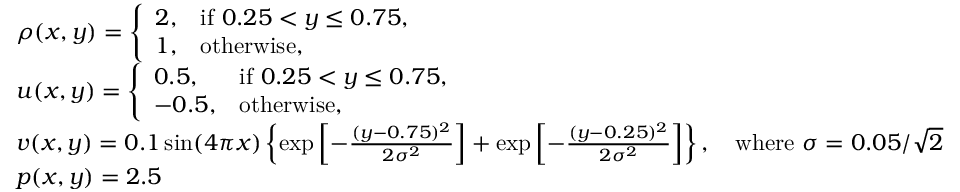
\begin{array} { r l } & { \rho ( x , y ) = \left\{ \begin{array} { l l } { 2 , } & { \mathrm { i f ~ } 0 . 2 5 < y \leq 0 . 7 5 , } \\ { 1 , } & { \mathrm { o t h e r w i s e } , } \end{array} \right. } \\ & { u ( x , y ) = \left\{ \begin{array} { l l } { 0 . 5 , } & { \mathrm { i f ~ } 0 . 2 5 < y \leq 0 . 7 5 , } \\ { - 0 . 5 , } & { \mathrm { o t h e r w i s e } , } \end{array} \right. } \\ & { v ( x , y ) = 0 . 1 \sin ( 4 \pi x ) \left\{ \exp \left[ - \frac { ( y - 0 . 7 5 ) ^ { 2 } } { 2 \sigma ^ { 2 } } \right] + \exp \left[ - \frac { ( y - 0 . 2 5 ) ^ { 2 } } { 2 \sigma ^ { 2 } } \right] \right\} , \quad \mathrm { w h e r e ~ } \sigma = 0 . 0 5 / \sqrt { 2 } } \\ & { p ( x , y ) = 2 . 5 } \end{array}